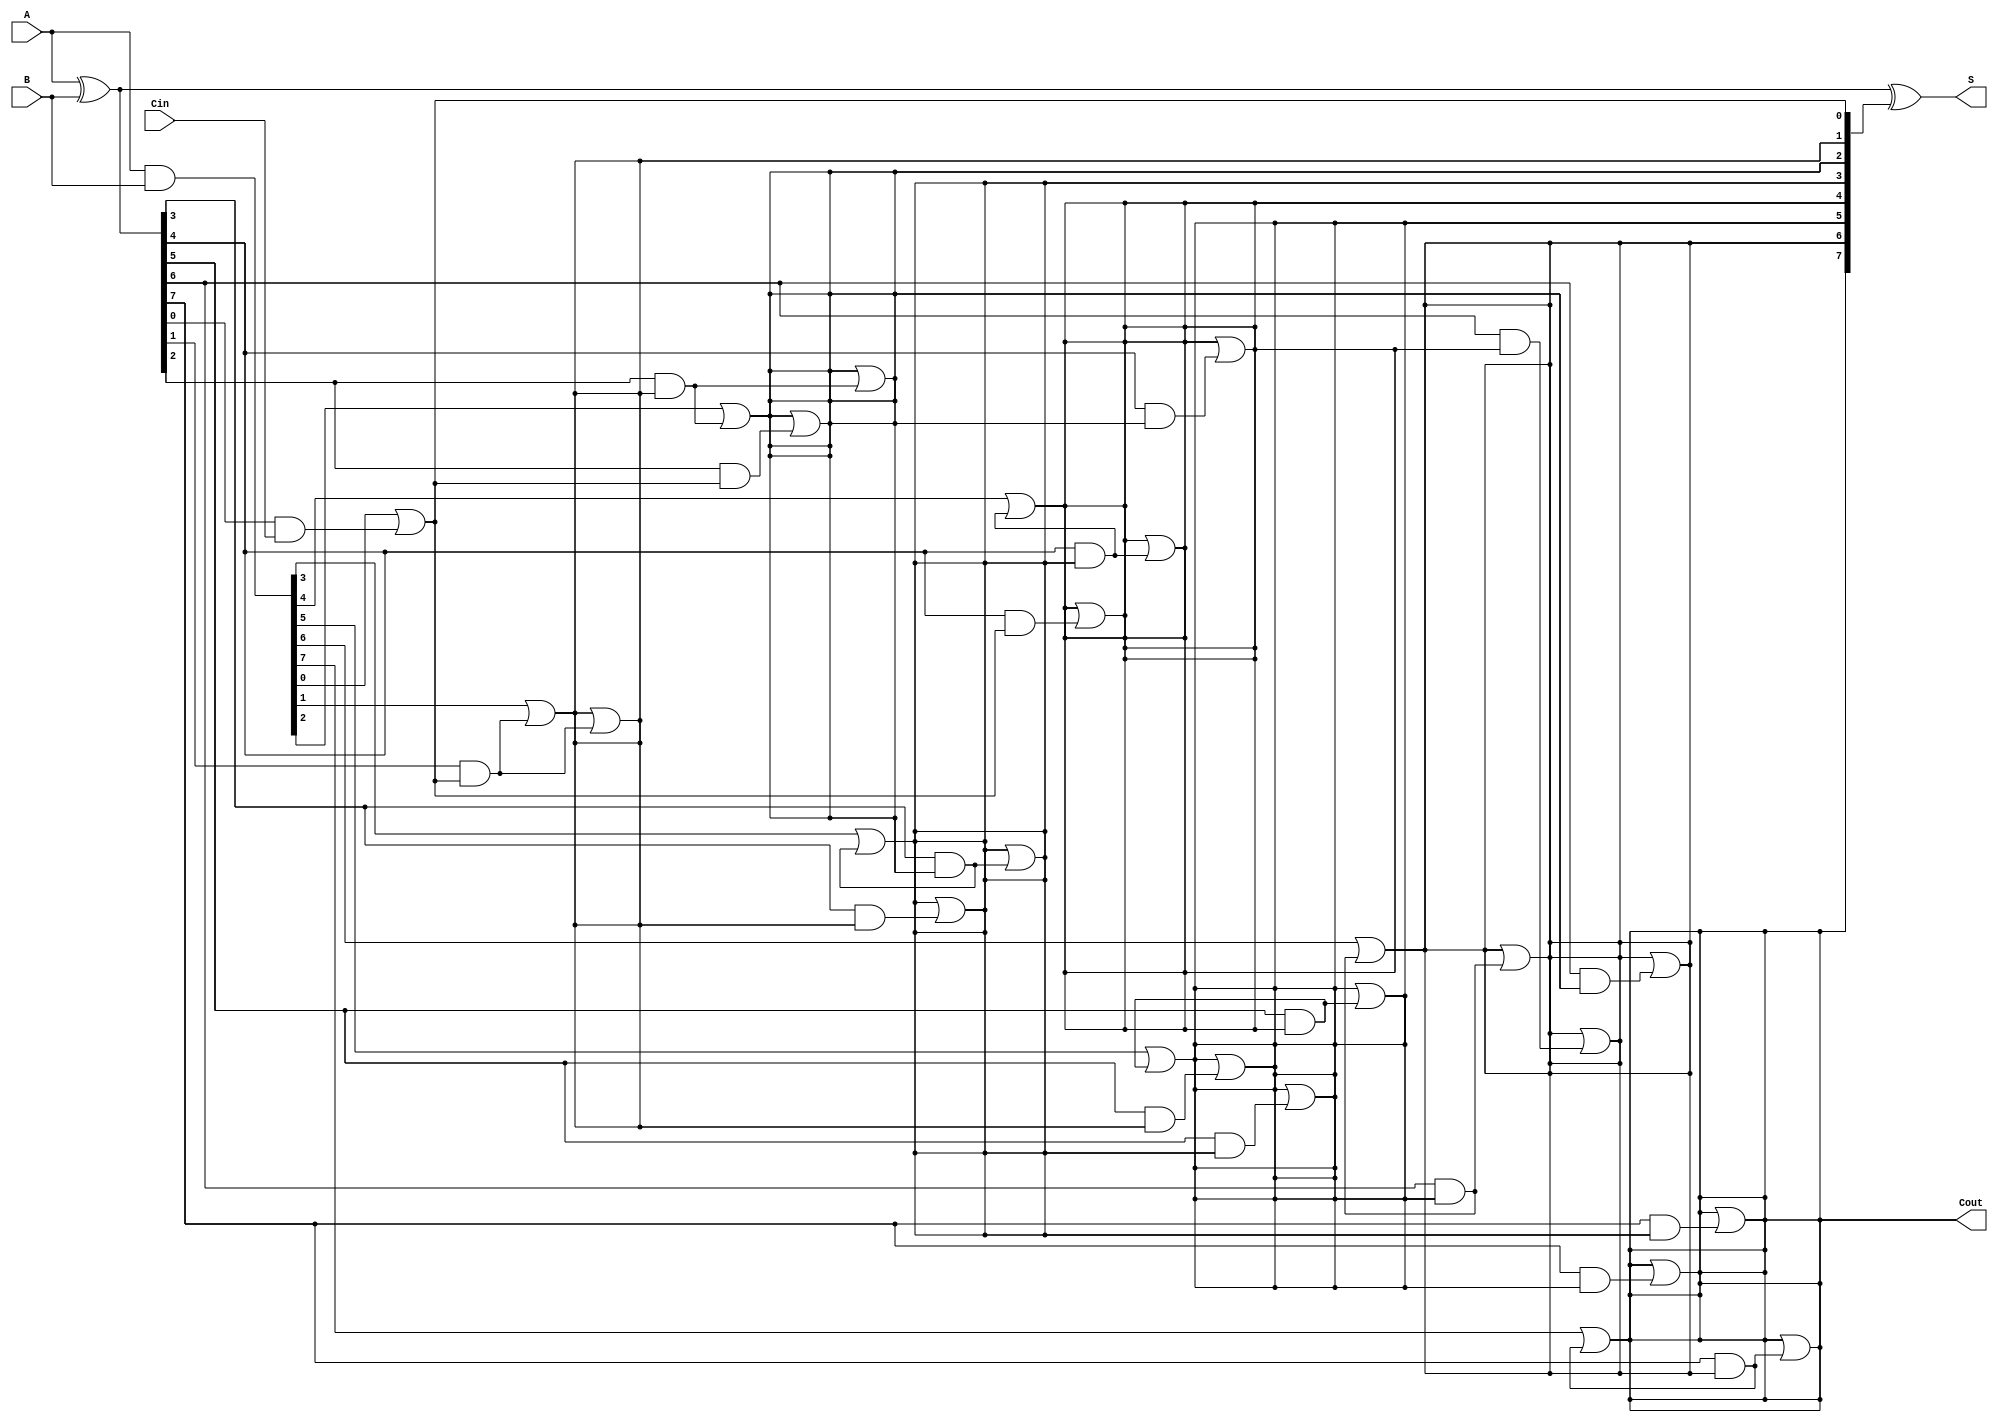
module brent_kung_adder #(parameter N = 8) (
    input  [N-1:0] A,      // First operand
    input  [N-1:0] B,      // Second operand
    input         Cin,      // Carry-in
    output [N-1:0] S,      // Sum output
    output        Cout      // Carry-out
);

    // Generate and Propagate signals
    wire [N-1:0] G; // Generate
    wire [N-1:0] P; // Propagate
    wire [N:0] C;    // Carry signals

    // Generate and Propagate calculations
    assign G = A & B;          // Generate
    assign P = A ^ B;          // Propagate

    // Initial carry-in
    assign C[0] = Cin;

    // Carry computation using Brent-Kung structure
    genvar i, j;
    generate
        // First stage
        for (i = 0; i < N; i = i + 1) begin : stage1
            assign C[i + 1] = G[i] | (P[i] & C[i]);
        end

        // Additional stages for carry computation
        for (j = 1; j < N; j = j * 2) begin : stages
            for (i = 0; i < N; i = i + 1) begin : carry_stage
                if (i >= j) begin
                    assign C[i + 1] = C[i + 1] | (P[i] & C[i - j + 1]);
                end
            end
        end
    endgenerate

    // Sum calculation
    assign S = P ^ C[N:1]; // Sum bits

    // Final carry-out
    assign Cout = C[N];

endmodule